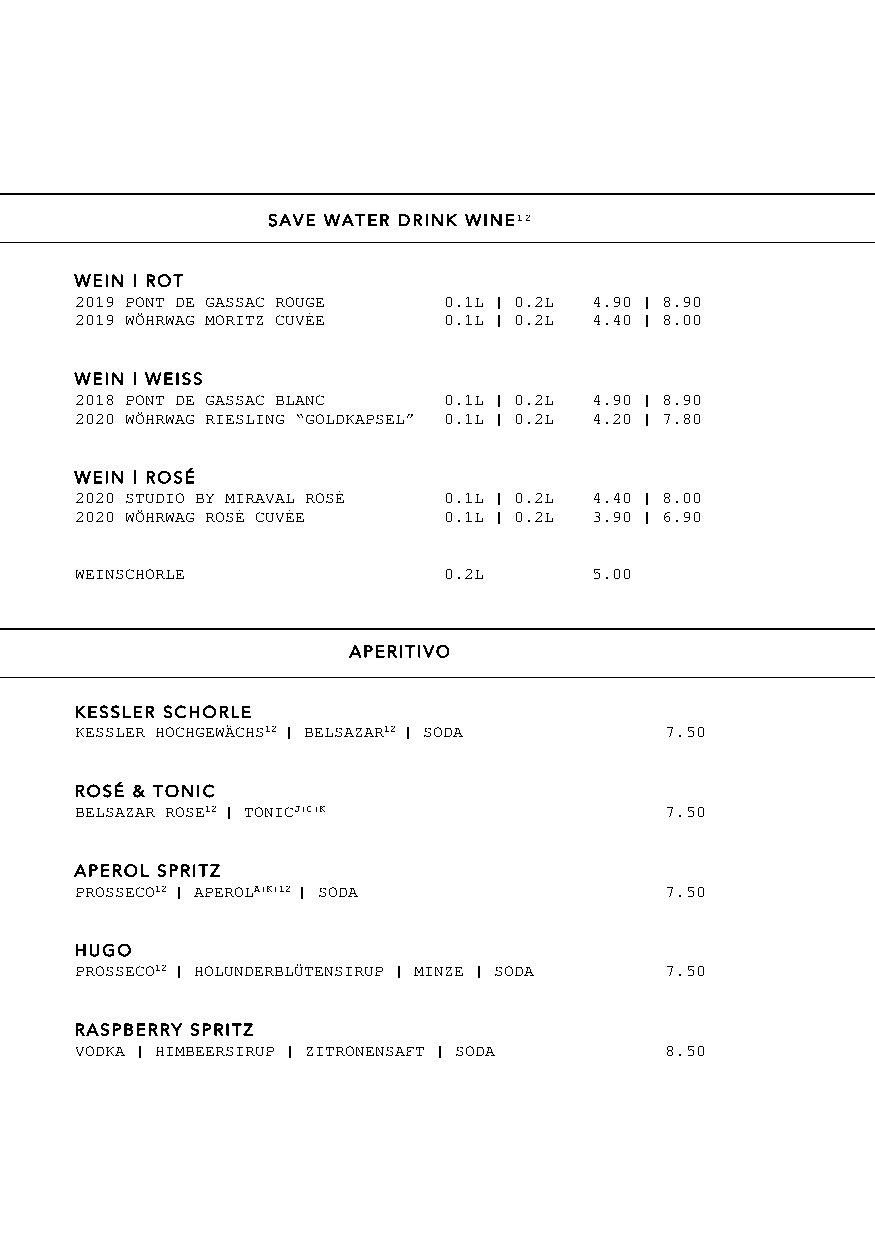
SAVE WATER DRINK WINE12
 WEIN | ROT
 2019 PONT DE GASSAC ROUGE 0.1L | 0.2L 4.90 | 8.90
 2019 WÖHRWAG MORITZ CUVÉE 0.1L | 0.2L 4.40 | 8.00
 WEIN | WEISS
 2018 PONT DE GASSAC BLANC 0.1L | 0.2L 4.90 | 8.90
 2020 WÖHRWAG RIESLING “GOLDKAPSEL” 0.1L | 0.2L 4.20 | 7.80
 WEIN | ROSÉ
 2020 STUDIO BY MIRAVAL ROSÉ 0.1L | 0.2L 4.40 | 8.00
 2020 WÖHRWAG ROSÉ CUVÉE 0.1L | 0.2L 3.90 | 6.90
 WEINSCHORLE             0.2L      5.00
 APERITIVO
 KESSLER SCHORLE
 KESSLER HOCHGEWÄCHS12 | BELSAZAR12 | SODA 7.50
 ROSÉ & TONIC
 BELSAZAR ROSE12 | TONICJ|C|K           7.50
 APEROL SPRITZ
 PROSSECO12 | APEROLA|K|12 | SODA       7.50
 HUGO
 PROSSECO12 | HOLUNDERBLÜTENSIRUP | MINZE | SODA 7.50
 RASPBERRY SPRITZ
 VODKA | HIMBEERSIRUP | ZITRONENSAFT | SODA 8.50